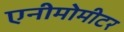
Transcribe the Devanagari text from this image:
एनीमोमीटर